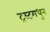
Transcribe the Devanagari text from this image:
ट्रस्टमधून